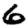
Digit: 6